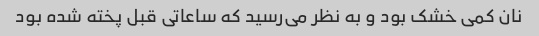
نان کمی خشک بود و به نظر می‌رسید که ساعاتی قبل پخته شده بود